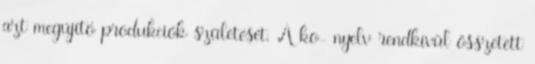
azt megújító produkciók születését. A ko- nyelv rendkívül összetett